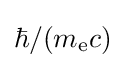
\hbar /(m_{\text{e}}c)